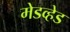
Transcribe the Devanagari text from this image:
मेडव्हेड